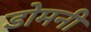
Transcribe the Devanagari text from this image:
डोमनी